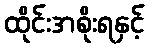
ထိုင်းအစိုးရနှင့်